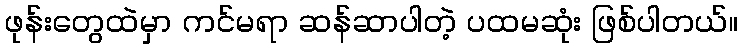
ဖုန်းတွေထဲမှာ ကင်မရာ ဆန်ဆာပါတဲ့ ပထမဆုံး ဖြစ်ပါတယ်။